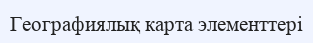
Географиялық карта элементтері